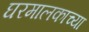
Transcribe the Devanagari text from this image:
घरमालकाच्या